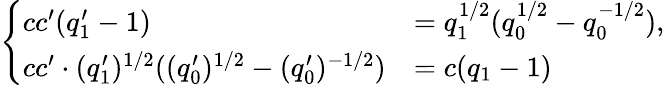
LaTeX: \begin{array}{r}{\left\{ \begin{array}{ll}{cc^{\prime}(q_{1}^{\prime}-1)}&{=q_{1}^{1/2}(q_{0}^{1/2}-q_{0}^{-1/2}),}\\ {cc^{\prime}\cdot(q_{1}^{\prime})^{1/2}((q_{0}^{\prime})^{1/2}-(q_{0}^{\prime})^{-1/2})}&{=c(q_{1}-1)}\end{array}\right.}\end{array}